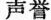
声誉